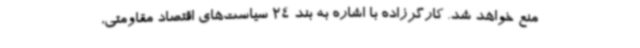
منع خواهد شد. کارگرزاده با اشاره به بند 24 سیاست‌های اقتصاد مقاومتی،